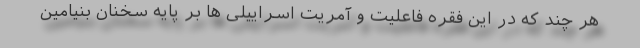
هر چند که در این فقره فاعلیت و آمریت اسراییلی ها بر پایه سخنان بنیامین